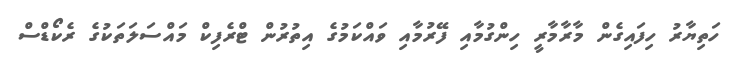
ހަތިޔާރު ހިފައިގެން މާރާމާރީ ހިންގުމާއި ފޭރުމާއި ވައްކަމުގެ އިތުރުން ޓްރެފިކް މައްސަލަތަކުގެ ރެކޯޑްސް